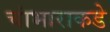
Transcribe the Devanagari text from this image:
चांभाराकडे